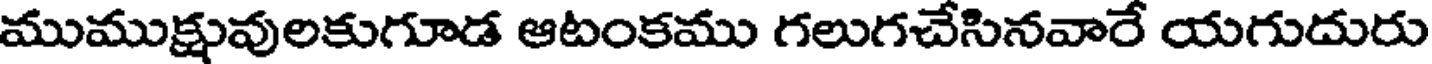
ముముక్షువులకుగూడ ఆటంకము గలుగచేసినవారే యగుదురు